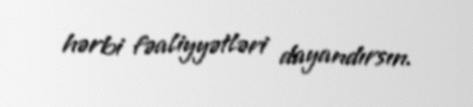
hərbi fəaliyyətləri dayandırsın.